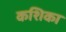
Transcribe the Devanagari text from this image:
कशिका